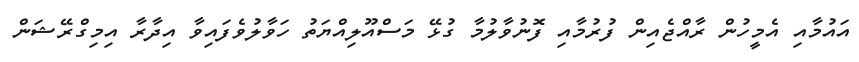
އައުމާއި އެމީހުން ރާއްޖެއިން ފުރުމާއި ފޮނުވާލުމާ ގުޅޭ މަސްއޫލިއްޔަތު ހަވާލުވެފައިވާ އިދާރާ އިމިގްރޭޝަން